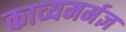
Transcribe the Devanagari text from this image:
काव्यमर्मज्ञ